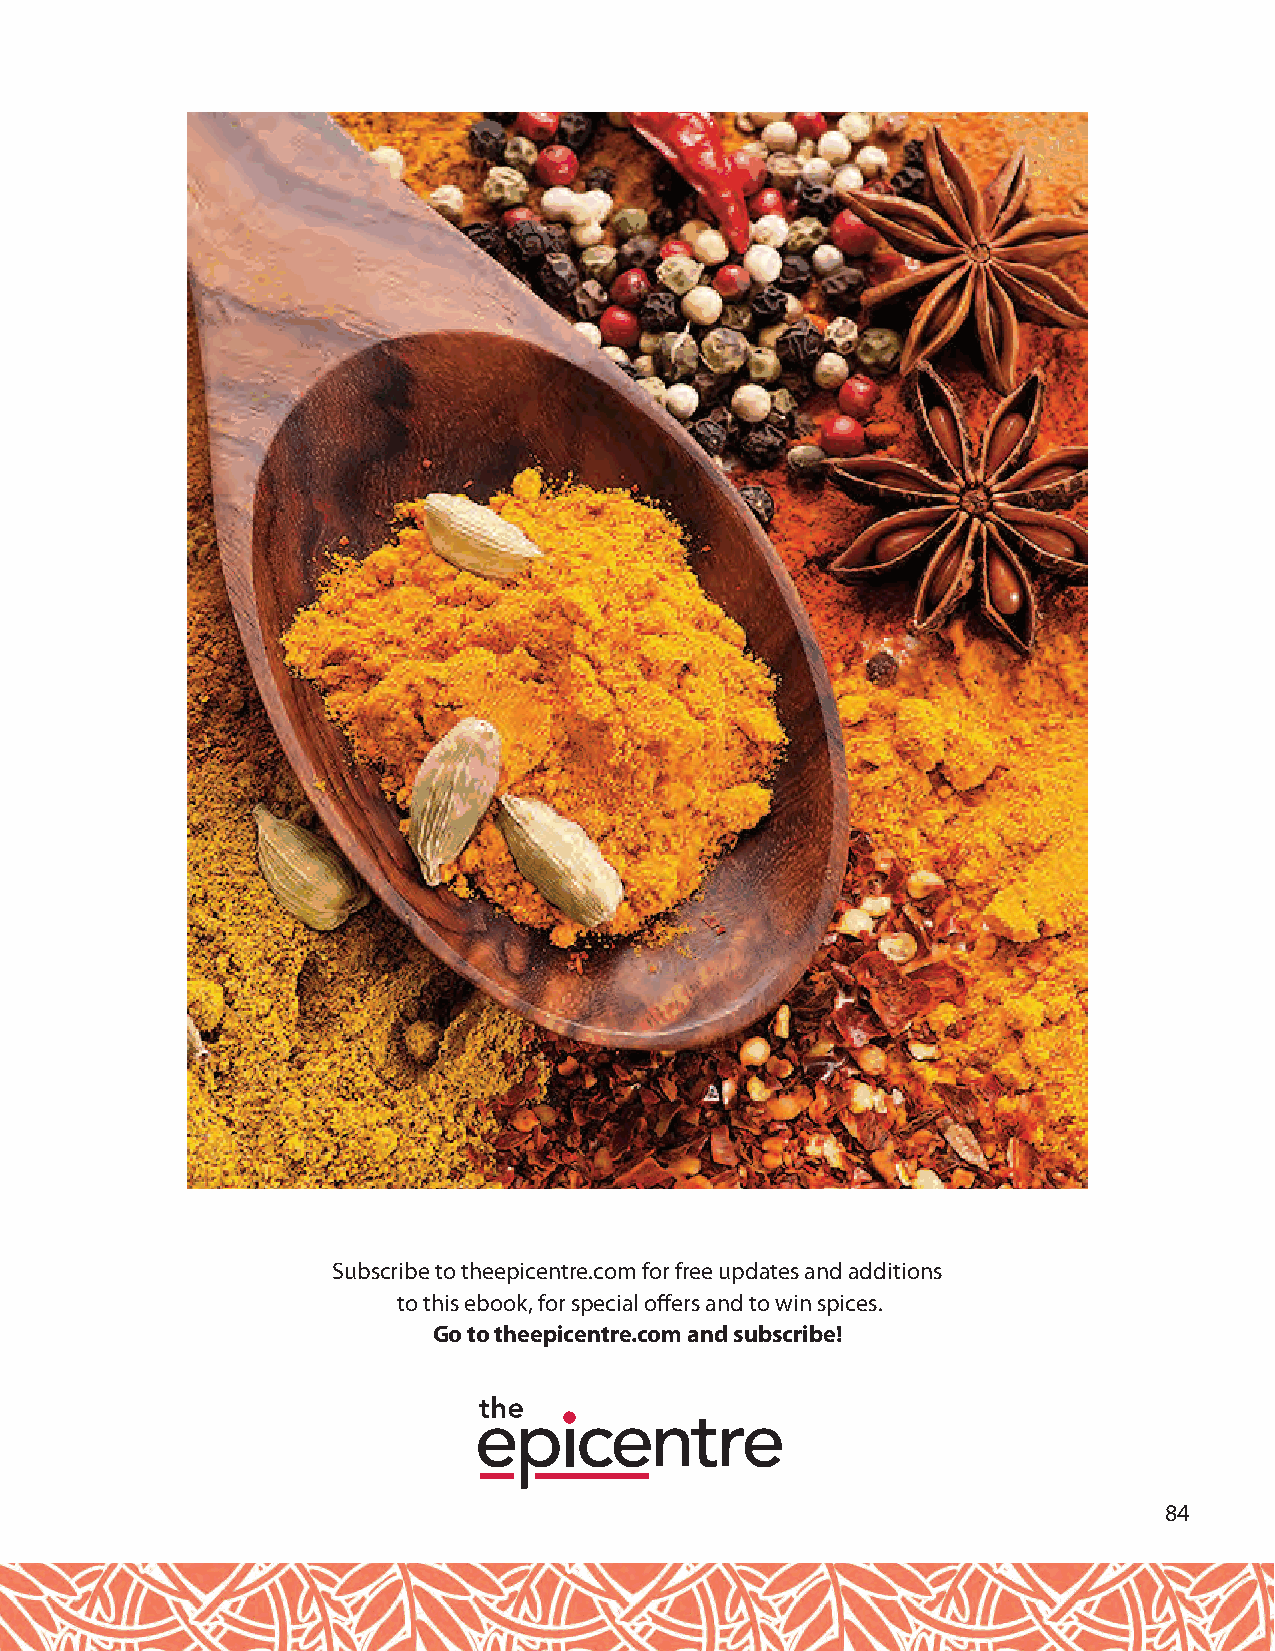
Subscribe to theepicentre.com for free updates and additions
 to this ebook, for special offers and to win spices.
 Go to theepicentre.com and subscribe!
 84